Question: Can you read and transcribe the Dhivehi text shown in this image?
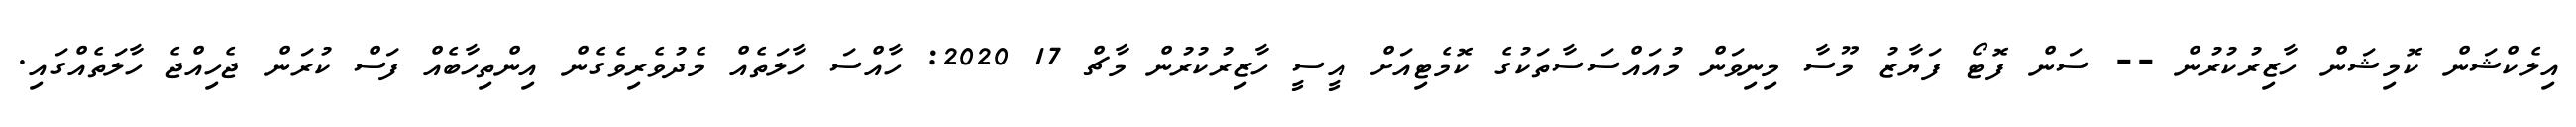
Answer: އިލެކްޝަން ކޮމިޝަން ހާޒިރުކުރުން -- ސަން ފޮޓޯ ފަޔާޒު މޫސާ މިނިވަން މުއައްސަސާތަކުގެ ކޮމެޓިއަށް އީސީ ހާޒިރުކުރުން މާޗް 17 2020: ހާއްސަ ހާލަތެއް މެދުވެރިވެގެން އިންތިހާބެއް ފަސް ކުރަން ޖެހިއްޖެ ހާލަތެއްގައި.